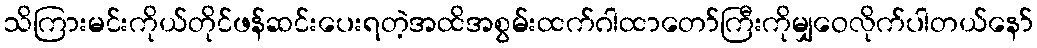
သိကြားမင်းကိုယ်တိုင်ဖန်ဆင်းပေးရတဲ့အထိအစွမ်းထက်ဂါထာတော်ကြီးကိုမျှဝေလိုက်ပါတယ်နော်